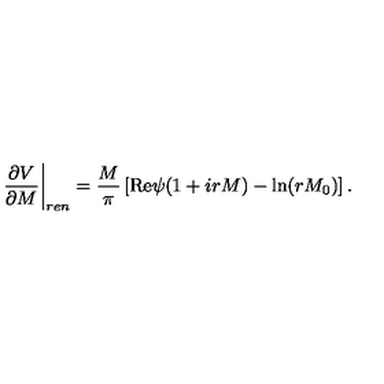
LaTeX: \left. \frac { \partial V } { \partial M } \right| _ { r e n } = \frac { M } { \pi } \left[ \mathrm { R e } \psi ( 1 + i r M ) - \ln ( r M _ { 0 } ) \right] . \label 9